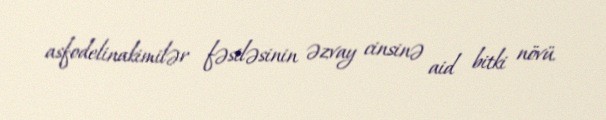
asfodelinakimilər fəsiləsinin əzvay cinsinə aid bitki növü.